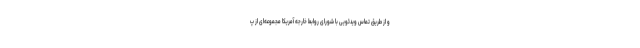
و از طریق تماس ویدئویی با شورای روابط خارجه آمریکا مجموعه‌ای از پ